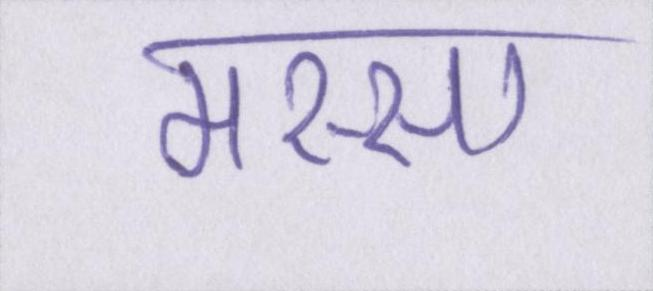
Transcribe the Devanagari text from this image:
मस्सा